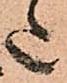
た